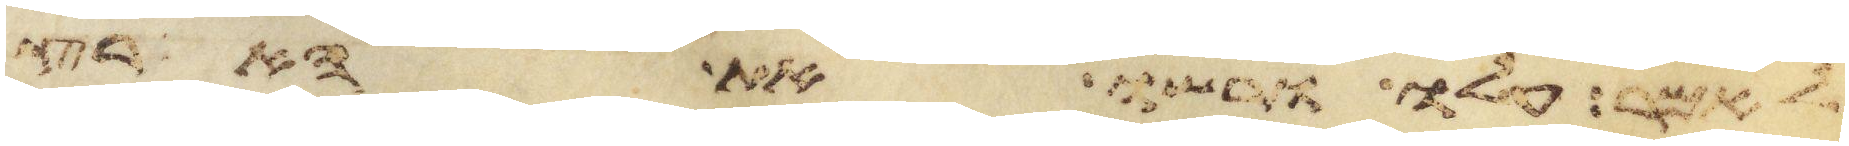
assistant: לאמר עלו ורשו את הארץ